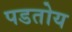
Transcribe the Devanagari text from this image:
पडतोय